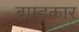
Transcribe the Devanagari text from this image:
ब्राम्हकार